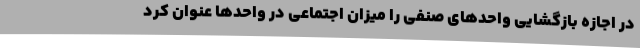
در اجازه بازگشایی واحدهای صنفی را میزان اجتماعی در واحدها عنوان کرد